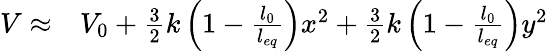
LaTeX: \begin{array}{rl}{V\approx}&{{}V_{0}+\frac{3}{2}k\left(1-\frac{l_{0}}{l_{eq}}\right)x^{2}+\frac{3}{2}k\left(1-\frac{l_{0}}{l_{eq}}\right)y^{2}}\end{array}